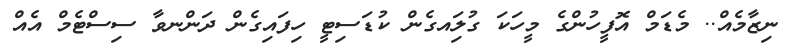
ނިޒާމެއް.. މެޑަމް އޮފީހުންގެ މީހަކަ ގުލަިއގެން ކުޑަސިޓީ ހިފައިގެން ދަންނވާ ސިސްޓެމް އެއް